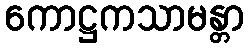
ကောဋ္ဌကသာမန္တာ